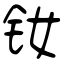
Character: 钕